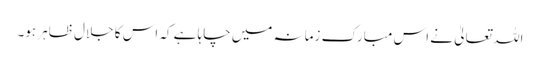
اللہ تعالیٰ نے اس مبارک زمانہ میں چاہا ہے کہ اس کا جلال ظاہر ہو۔